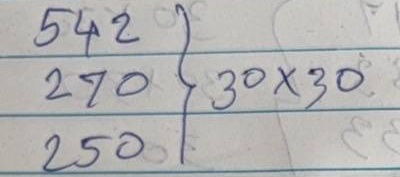
542 = 30 x 30
270 = 30 x 30
250 = 30 x 30